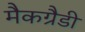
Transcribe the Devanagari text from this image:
मैकग्रैडी